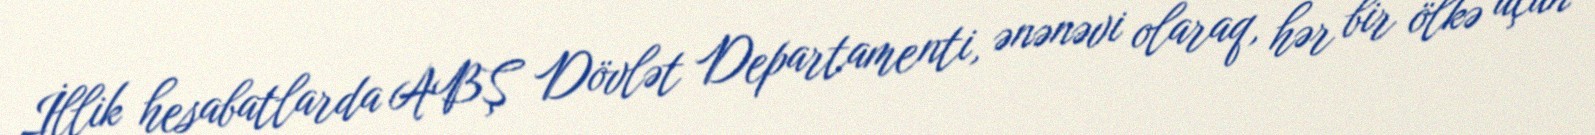
İllik hesabatlarda ABŞ Dövlət Departamenti, ənənəvi olaraq, hər bir ölkə üçün